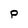
Character: P